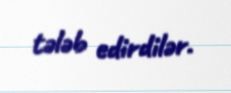
tələb edirdilər.